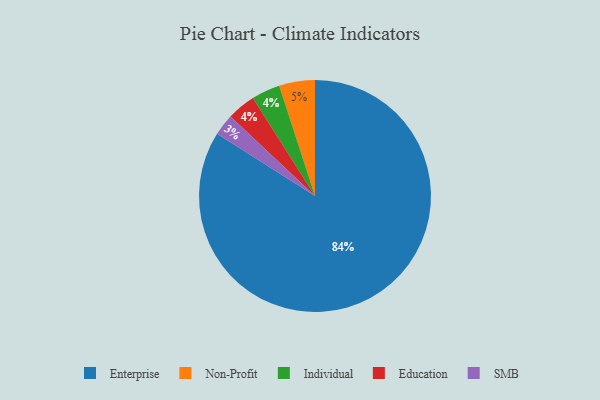
{"axis": {"x": "Category", "y": "Percentage"}, "legend": ["Education", "Enterprise", "Individual", "Non-Profit", "SMB"], "data": [{"x": "Individual", "y": 4, "type": "Individual"}, {"x": "Enterprise", "y": 84, "type": "Enterprise"}, {"x": "Non-Profit", "y": 5, "type": "Non-Profit"}, {"x": "Education", "y": 4, "type": "Education"}, {"x": "SMB", "y": 3, "type": "SMB"}]}